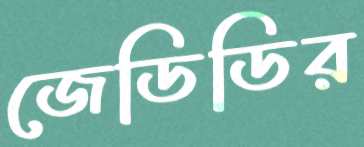
জেডিডির